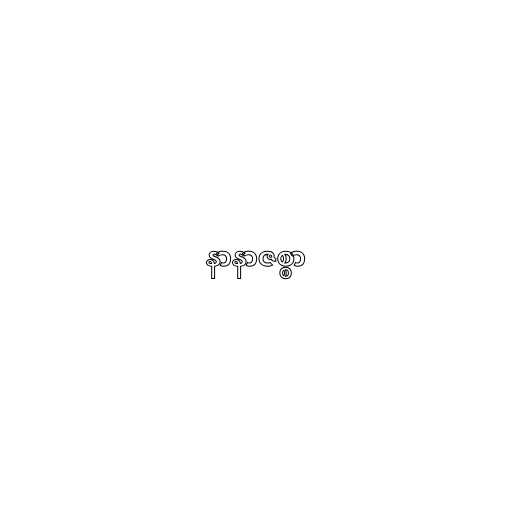
နာနာဇစ္စာ